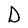
Character: D